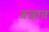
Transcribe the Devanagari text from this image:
व्रजात